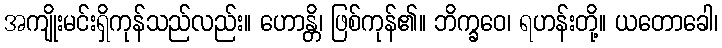
အကျိုးမင်းရှိကုန်သည်လည်း။ ဟောန္တိ၊ ဖြစ်ကုန်၏။ ဘိက္ခဝေ၊ ရဟန်းတို့။ ယတောခေါ၊